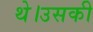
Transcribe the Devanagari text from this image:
थे।उसकी